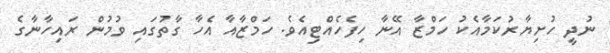
ނުދީ ހުށިޔާރުކަމާއެކު ހަމްޒާ އޭނާ ހިފެހެއްޓިއެވެ. ހަމްޒާއާ އެހާ ގާތުގައި ވުމުން ރައިހާނާގެ